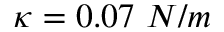
\kappa = 0 . 0 7 \ N / m